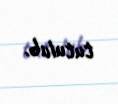
tutulub.